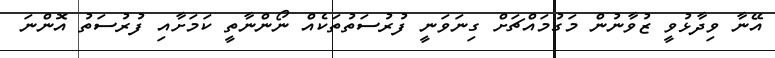
އޭނާ ވިދާޅުވީ ޒުވާނުން މަގުމައްޗަށް ގިނަވަނީ ފުރުސަތުތަކެއް ނޯންނާތީ ކަމަށާއި ފުރުސަތު އޮންނަ